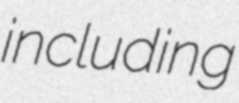
including